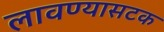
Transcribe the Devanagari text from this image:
लावण्यासटक